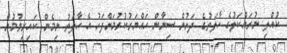
ކުއްލި ނުރައްކަލުގެ ހާލަތުގެ ދަށުން ސިނާން ހައްޔަރުކުރުމަށްފަހު އެ ހާލަތު ނިމެން ކައިރިވުމުން